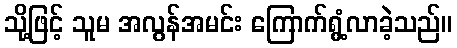
သို့ဖြင့် သူမ အလွန်အမင်း ကြောက်ရွံ့လာခဲ့သည်။